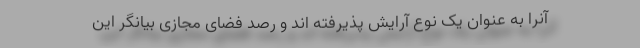
آنرا به عنوان یک نوع آرایش پذیرفته اند و رصد فضای مجازی بیانگر این